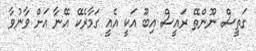
ގަތީސް ނޫންތޭ ރައީސް އިބޫ އަކީ އެއީ ގަމާރެކޭ އޭނާ އަށް ވާނުވާ